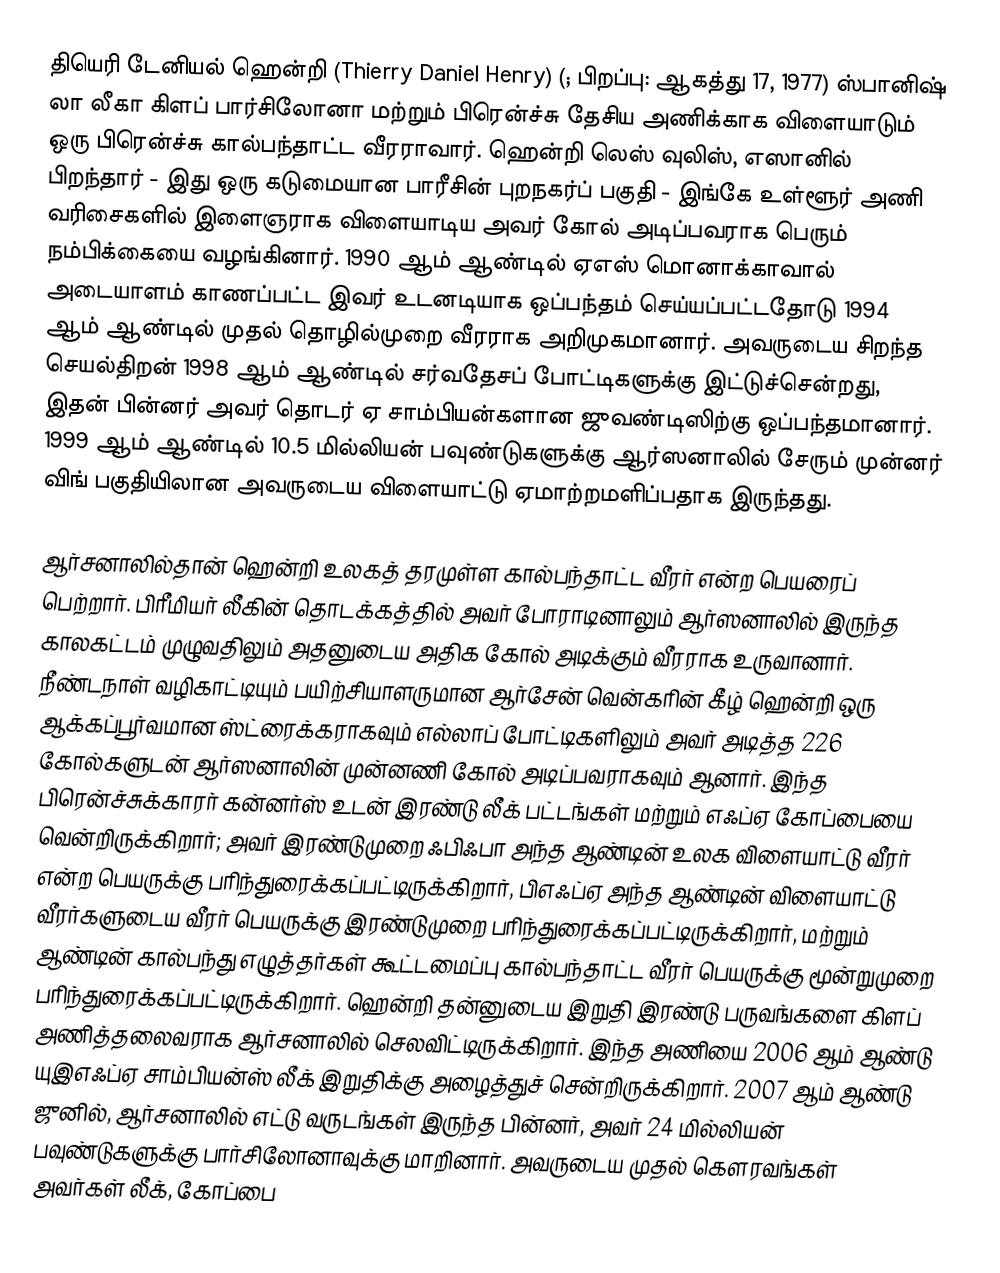
தியெரி டேனியல் ஹென்றி (Thierry Daniel Henry) (; பிறப்பு: ஆகத்து 17, 1977) ஸ்பானிஷ் லா லீகா கிளப் பார்சிலோனா மற்றும் பிரென்ச்சு தேசிய அணிக்காக விளையாடும் ஒரு பிரென்ச்சு கால்பந்தாட்ட வீரராவார். ஹென்றி லெஸ் வுலிஸ், எஸானில் பிறந்தார் - இது ஒரு கடுமையான பாரீசின் புறநகர்ப் பகுதி - இங்கே உள்ளூர் அணி வரிசைகளில் இளைஞராக விளையாடிய அவர் கோல் அடிப்பவராக பெரும் நம்பிக்கையை வழங்கினார். 1990 ஆம் ஆண்டில் ஏஎஸ் மொனாக்காவால் அடையாளம் காணப்பட்ட இவர் உடனடியாக ஒப்பந்தம் செய்யப்பட்டதோடு 1994 ஆம் ஆண்டில் முதல் தொழில்முறை வீரராக அறிமுகமானார். அவருடைய சிறந்த செயல்திறன் 1998 ஆம் ஆண்டில் சர்வதேசப் போட்டிகளுக்கு இட்டுச்சென்றது, இதன் பின்னர் அவர் தொடர் ஏ சாம்பியன்களான ஜுவண்டிஸிற்கு ஒப்பந்தமானார். 1999 ஆம் ஆண்டில் 10.5 மில்லியன் பவுண்டுகளுக்கு ஆர்ஸனாலில் சேரும் முன்னர் விங் பகுதியிலான அவருடைய விளையாட்டு ஏமாற்றமளிப்பதாக இருந்தது.

ஆர்சனாலில்தான் ஹென்றி உலகத் தரமுள்ள கால்பந்தாட்ட வீரர் என்ற பெயரைப் பெற்றார். பிரீமியர் லீகின் தொடக்கத்தில் அவர் போராடினாலும் ஆர்ஸனாலில் இருந்த காலகட்டம் முழுவதிலும் அதனுடைய அதிக கோல் அடிக்கும் வீரராக உருவானார். நீண்டநாள் வழிகாட்டியும் பயிற்சியாளருமான ஆர்சேன் வென்கரின் கீழ் ஹென்றி ஒரு ஆக்கப்பூர்வமான ஸ்ட்ரைக்கராகவும் எல்லாப் போட்டிகளிலும் அவர் அடித்த 226 கோல்களுடன் ஆர்ஸனாலின் முன்னணி கோல் அடிப்பவராகவும் ஆனார். இந்த பிரென்ச்சுக்காரர் கன்னர்ஸ் உடன் இரண்டு லீக் பட்டங்கள் மற்றும் எஃப்ஏ கோப்பையை வென்றிருக்கிறார்; அவர் இரண்டுமுறை ஃபிஃபா அந்த ஆண்டின் உலக விளையாட்டு வீரர் என்ற பெயருக்கு பரிந்துரைக்கப்பட்டிருக்கிறார், பிஎஃப்ஏ அந்த ஆண்டின் விளையாட்டு வீரர்களுடைய வீரர் பெயருக்கு இரண்டுமுறை பரிந்துரைக்கப்பட்டிருக்கிறார், மற்றும் ஆண்டின் கால்பந்து எழுத்தர்கள் கூட்டமைப்பு கால்பந்தாட்ட வீரர் பெயருக்கு மூன்றுமுறை பரிந்துரைக்கப்பட்டிருக்கிறார். ஹென்றி தன்னுடைய இறுதி இரண்டு பருவங்களை கிளப் அணித்தலைவராக ஆர்சனாலில் செலவிட்டிருக்கிறார். இந்த அணியை 2006 ஆம் ஆண்டு யுஇஎஃப்ஏ சாம்பியன்ஸ் லீக் இறுதிக்கு அழைத்துச் சென்றிருக்கிறார். 2007 ஆம் ஆண்டு ஜுனில், ஆர்சனாலில் எட்டு வருடங்கள் இருந்த பின்னர், அவர் 24 மில்லியன் பவுண்டுகளுக்கு பார்சிலோனாவுக்கு மாறினார். அவருடைய முதல் கௌரவங்கள் அவர்கள் லீக், கோப்பை